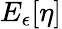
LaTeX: E_{\epsilon}[\eta]